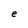
Character: e